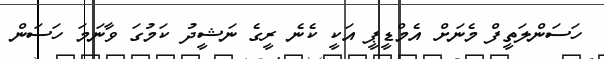
ހަސަންލަތީފް މެނަށް އެމްޑީޕީ އަކީ ކެނެ ރީގެ ނަޝީދު ކަމުގަ ވާނަމަ ހަސަން